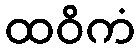
ထဝိကံ